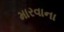
મારવાના